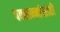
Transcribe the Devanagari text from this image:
पक्वान्नांसाठी